Mental hospitals Bombay report 1929-33 - 1929-1933
Year: 1929
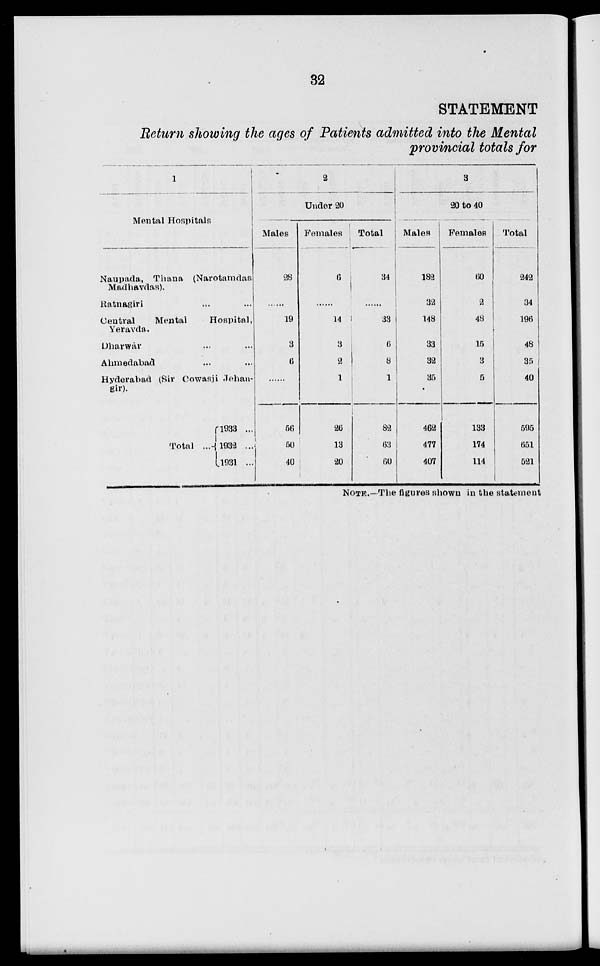
32
STATEMENT
Return showing the ages of Patients admitted into the Mental
provincial totals for
1
Mental Hospitals
Naupada, Thana (Narotamdas
Madhavdas).
Ratnagiri ... ...
Central
Mental
Hospital,
Yeravda.
Dharwar ... ...
Ahmedabad ... ...
Hyderabad (Sir Cowasji Jehan-
gir).
Total ...
1933 ...
1932 ...
1931 ...
2
Under 20
Males
28
......
19
3
6
......
56
50
40
Females
6
......
14
3
2
1
26
13
20
Total
34
......
33
6
8
1
82
63
60
3
20 to 40
Males
182
32
148
33
32
35
462
477
407
Females
60
2
48
15
3
5
133
174
114
Total
242
34
196
48
35
40
595
651
521
NOTE.—The figures shown in the statement